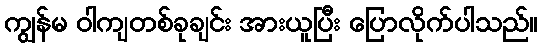
ကျွန်မ ဝါကျတစ်ခုချင်း အားယူပြီး ပြောလိုက်ပါသည်။